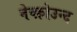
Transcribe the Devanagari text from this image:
नेव्फ़ोउन्द